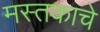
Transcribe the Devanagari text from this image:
मस्तकाचे